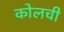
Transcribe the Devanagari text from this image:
कोलची